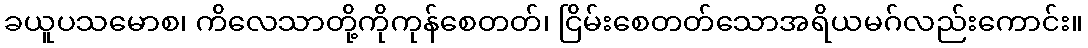
ခယူပသမောစ၊ ကိလေသာတို့ကိုကုန်စေတတ်၊ ငြိမ်းစေတတ်သောအရိယမဂ်လည်းကောင်း။